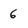
Character: 6